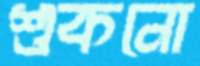
শুকনো